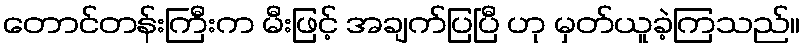
တောင်တန်းကြီးက မီးဖြင့် အချက်ပြပြီ ဟု မှတ်ယူခဲ့ကြသည်။